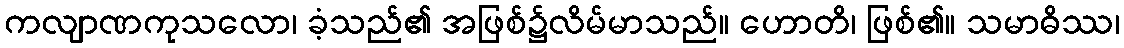
ကလျာဏကုသလော၊ ခံ့သည်၏ အဖြစ်၌လိမ်မာသည်။ ဟောတိ၊ ဖြစ်၏။ သမာဓိဿ၊